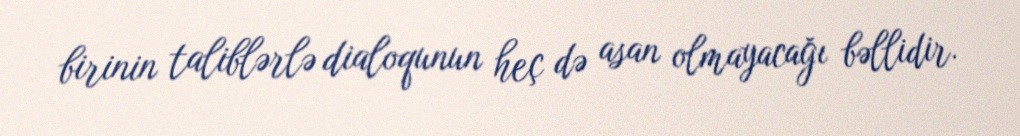
birinin taliblərlə dialoqunun heç də asan olmayacağı bəllidir.